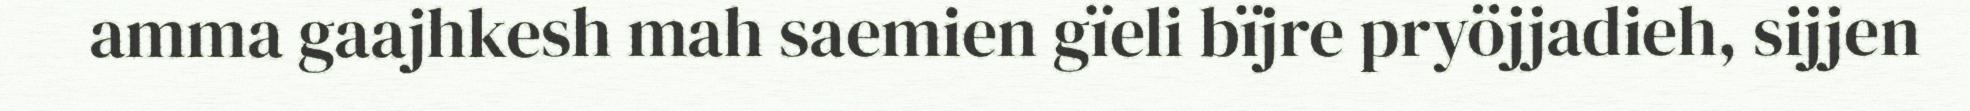
amma gaajhkesh mah saemien gïeli bïjre pryöjjadieh, sijjen